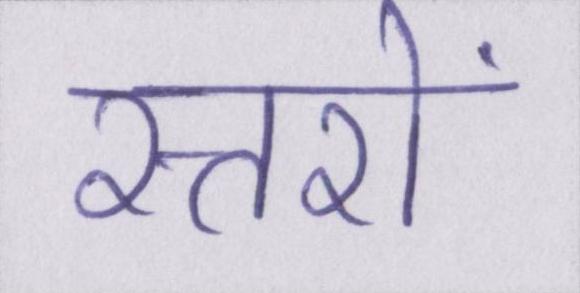
स्तरों